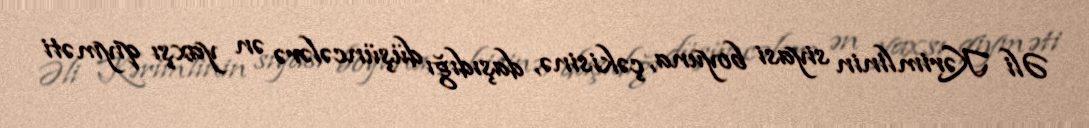
Əli Kərimlinin siyasi boyuna, çəkisinə, daşıdığı düşüncələrə ən yaxşı qiyməti